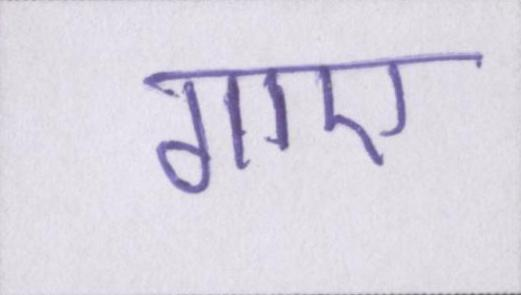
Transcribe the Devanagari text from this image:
गाए